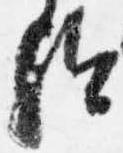
歟